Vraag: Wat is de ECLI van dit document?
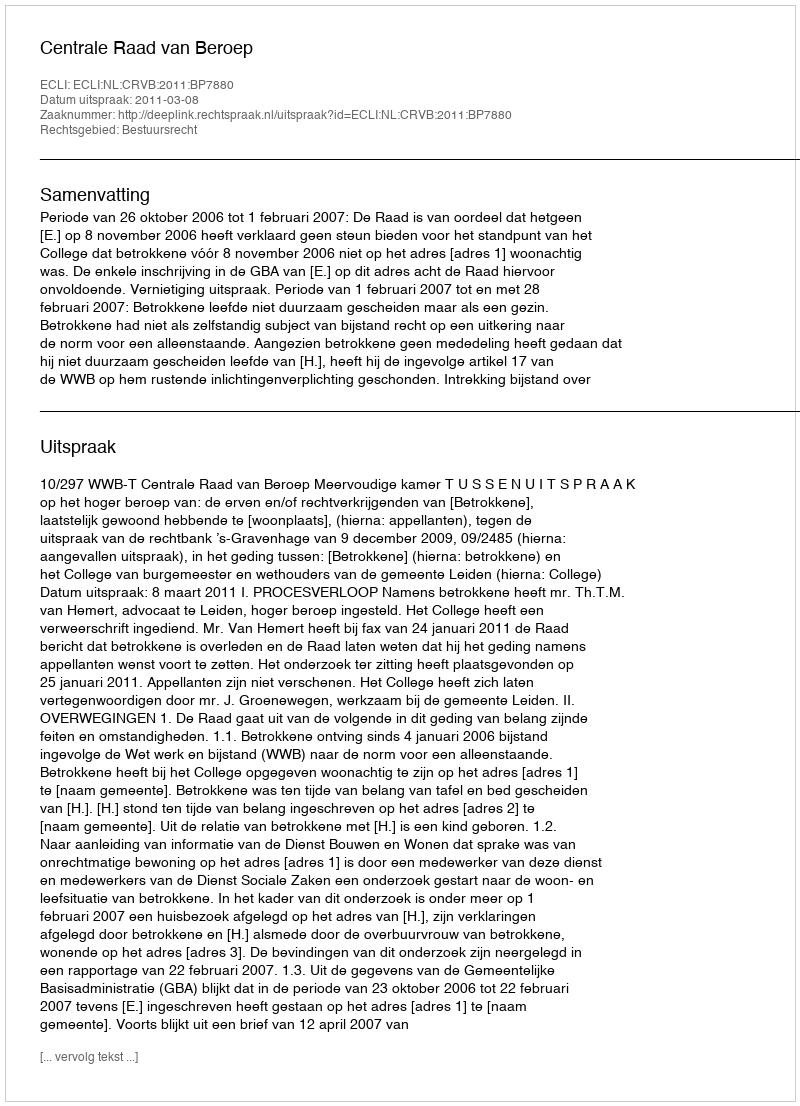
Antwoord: ECLI:NL:CRVB:2011:BP7880